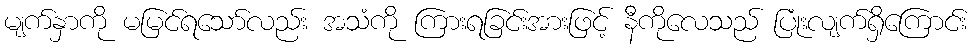
မျက်နှာကို မမြင်ရသော်လည်း အသံကို ကြားရခြင်းအားဖြင့် နီကိုလေသည် ပြုံးလျက်ရှိကြောင်း